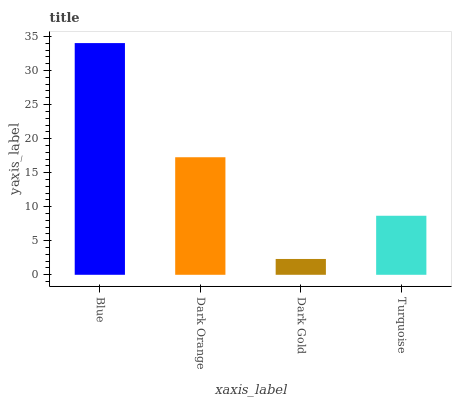
| xaxis_label | bars |
 | --- | --- |
 | Blue | 34 |
 | Dark Orange | 17.3 |
 | Dark Gold | 2.32 |
 | Turquoise | 8.67 |